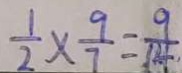
\frac { 1 } { 2 } \times \frac { 9 } { 7 } = \frac { 9 } { 1 4 }